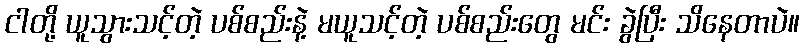
ငါတို့ ယူသွားသင့်တဲ့ ပစ်စည်းနဲ့ မယူသင့်တဲ့ ပစ်စည်းတွေ မင်း ခွဲပြီး သိနေတာပဲ။